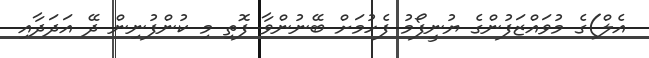
އެލް)ގެ މުވައްޒަފުންގެ ޔުނީފޯމު ފެހުމަށް ބޭނުންވާ ފޮތި މި ކުންފުނިން ދޭ އަދަދާއި